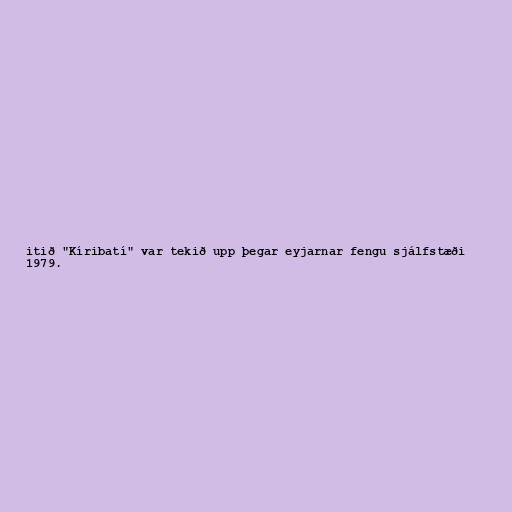
itið "Kíribatí" var tekið upp þegar eyjarnar fengu sjálfstæði
1979.